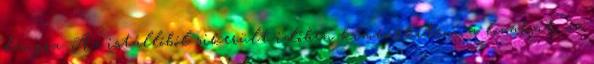
lángra. Az istállóból sikerült időben kimenekíteni a lovakat, az